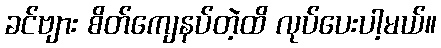
ခင်ဗျား စိတ်ကျေနပ်တဲ့ထိ လုပ်ပေးပါ့မယ်။